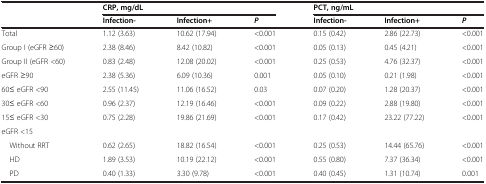
<table><thead><tr><td></td><td colspan="3"><b>CRP, mg/dL</b></td><td colspan="3"><b>PCT, ng/mL</b></td></tr><tr><td></td><td><b>Infection-</b></td><td><b>Infection+</b></td><td><b><i>P</i></b></td><td><b>Infection-</b></td><td><b>Infection+</b></td><td><b><i>P</i></b></td></tr></thead><tbody><tr><td>Total</td><td>1.12 (3.63)</td><td>10.62 (17.94)</td><td>&lt;0.001</td><td>0.15 (0.42)</td><td>2.86 (22.73)</td><td>&lt;0.001</td></tr><tr><td>Group I (eGFR ≥60)</td><td>2.38 (8.46)</td><td>8.42 (10.82)</td><td>&lt;0.001</td><td>0.05 (0.13)</td><td>0.45 (4.21)</td><td>&lt;0.001</td></tr><tr><td>Group II (eGFR &lt;60)</td><td>0.83 (2.48)</td><td>12.08 (20.02)</td><td>&lt;0.001</td><td>0.25 (0.53)</td><td>4.76 (32.37)</td><td>&lt;0.001</td></tr><tr><td>eGFR ≥90</td><td>2.38 (5.36)</td><td>6.09 (10.36)</td><td>0.001</td><td>0.05 (0.10)</td><td>0.21 (1.98)</td><td>&lt;0.001</td></tr><tr><td>60≤ eGFR &lt;90</td><td>2.55 (11.45)</td><td>11.06 (16.52)</td><td>0.03</td><td>0.07 (0.20)</td><td>1.28 (20.37)</td><td>&lt;0.001</td></tr><tr><td>30≤ eGFR &lt;60</td><td>0.96 (2.37)</td><td>12.19 (16.46)</td><td>&lt;0.001</td><td>0.09 (0.22)</td><td>2.88 (19.80)</td><td>&lt;0.001</td></tr><tr><td>15≤ eGFR &lt;30</td><td>0.75 (2.28)</td><td>19.86 (21.69)</td><td>&lt;0.001</td><td>0.17 (0.42)</td><td>23.22 (77.22)</td><td>&lt;0.001</td></tr><tr><td>eGFR &lt;15</td><td></td><td></td><td></td><td></td><td></td><td></td></tr><tr><td> Without RRT</td><td>0.62 (2.65)</td><td>18.82 (16.54)</td><td>&lt;0.001</td><td>0.25 (0.53)</td><td>14.44 (65.76)</td><td>&lt;0.001</td></tr><tr><td> HD</td><td>1.89 (3.53)</td><td>10.19 (22.12)</td><td>&lt;0.001</td><td>0.55 (0.80)</td><td>7.37 (36.34)</td><td>&lt;0.001</td></tr><tr><td> PD</td><td>0.40 (1.33)</td><td>3.30 (9.78)</td><td>&lt;0.001</td><td>0.40 (0.45)</td><td>1.31 (10.74)</td><td>0.001</td></tr></tbody></table>